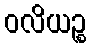
ဝလိယဉ္စ